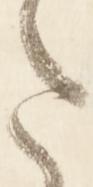
ま